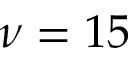
\nu = 1 5